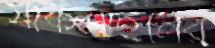
সাকলাইনের